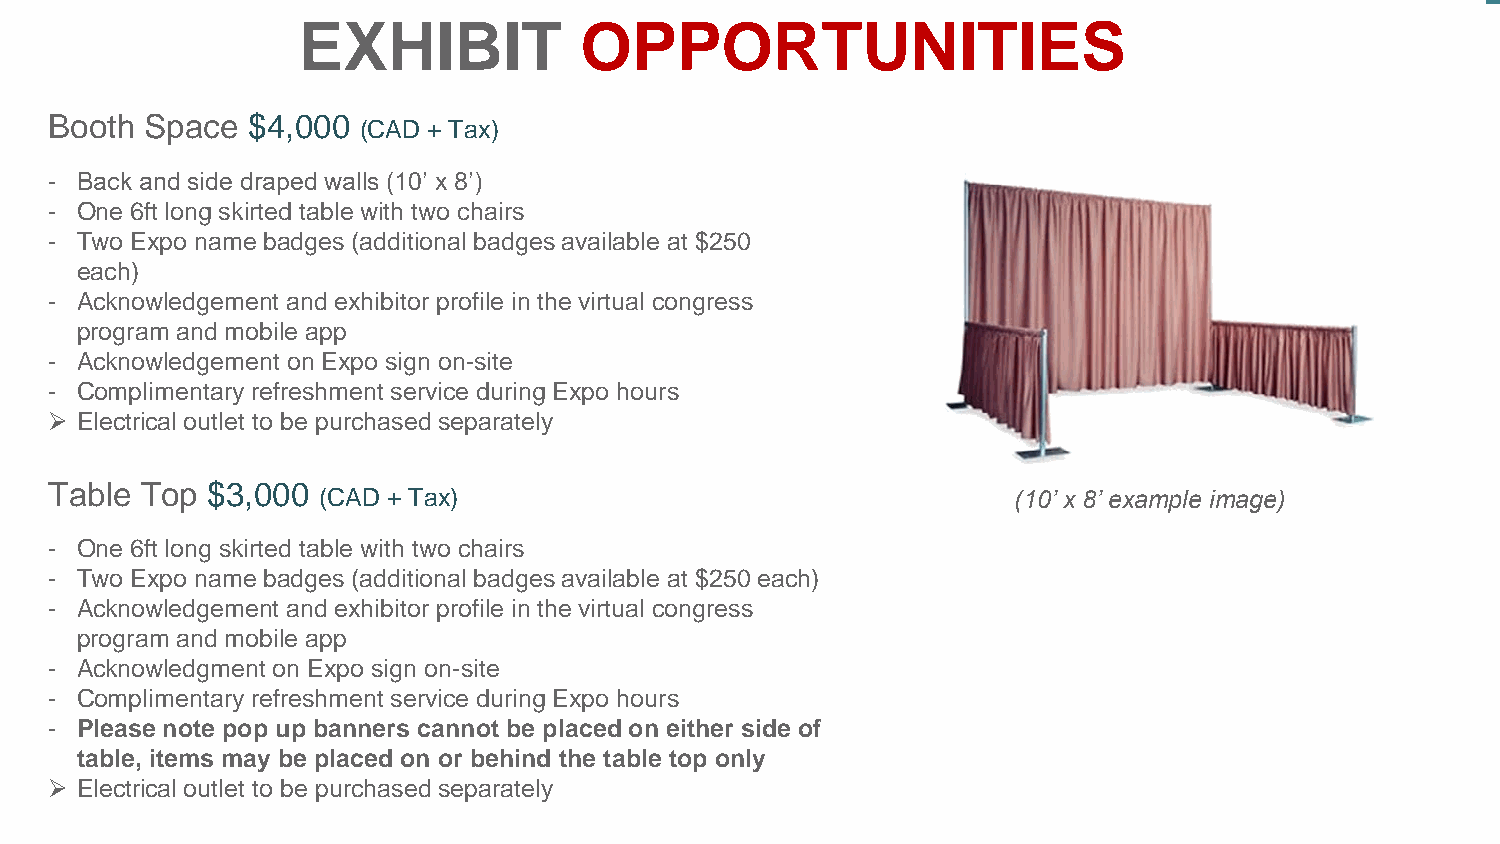
EXHIBIT           OPPORTUNITIES
 Booth  Space $4,000
 (CAD + Tax)
 - Back and side draped walls (10’ x 8’)
 - One 6ft long skirted table with two chairs
 - Two Expo name badges (additional badges available at $250
 each)
 - Acknowledgement and exhibitor profile in the virtual congress
 program and mobile app
 - Acknowledgement on Expo sign on-site
 - Complimentary refreshment service during Expo hours
 ➢ Electrical outlet to be purchased separately
 Table Top  $3,000
 (CAD + Tax)                                   (10’ x 8’ example image)
 - One 6ft long skirted table with two chairs
 - Two Expo name badges (additional badges available at $250 each)
 - Acknowledgement and exhibitor profile in the virtual congress
 program and mobile app
 - Acknowledgment on Expo sign on-site
 - Complimentary refreshment service during Expo hours
 - Please note pop up banners cannot be placed on either side of
 table, items may be placed on or behind the table top only
 ➢ Electrical outlet to be purchased separately